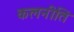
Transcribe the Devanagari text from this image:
कलनीति